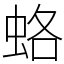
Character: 蛒